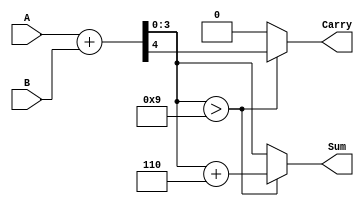
module BCD_Adder (
    input  [3:0] A,    // First BCD digit
    input  [3:0] B,    // Second BCD digit
    output reg [3:0] Sum, // Resulting BCD sum
    output reg Carry      // Carry out
);

    always @(*) begin
        // Step 1: Perform binary addition
        {Carry, Sum} = A + B; // Adding A and B, Carry is the 5th bit

        // Step 2: Check for BCD correction
        if (Sum > 4'd9) begin
            Sum = Sum + 4'd6; // Apply correction by adding 6
        end else begin
            Carry = 1'b0; // No carry if no correction is applied
        end
    end

endmodule